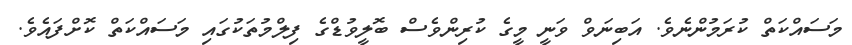
މަސައްކަތް ކުރަމުންނެވެ. އަބިނަވް ވަނީ މީގެ ކުރިންވެސް ބޮލީވުޑްގެ ފިލްމުތަކުގައި މަސައްކަތް ކޮށްފައެވެ.